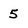
Character: 5